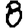
Digit: 8